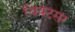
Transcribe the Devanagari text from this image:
चिवटसर